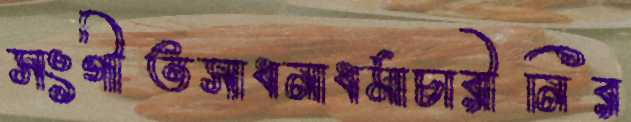
সংগীতসাধনাধর্মাচারীনির